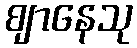
ဈာနေသု